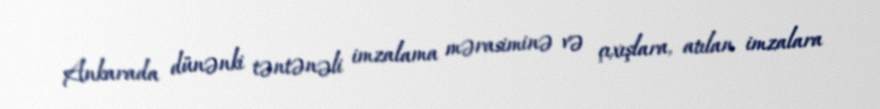
Ankarada dünənki təntənəli imzalama mərasiminə və çıxışlara, atılan imzalara